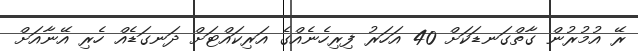
ރޭ އުމުރުން ގާތްގަނޑަކަށް 40 އަހަރު ފިރިހެނެއްގެ އަރިކައްޓަށް ދަނގަޑެއް ހެރި އޭނާއަށް